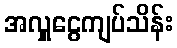
အလှူငွေကျပ်သိန်း